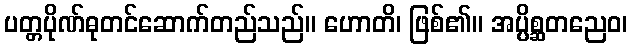
ပတ္တပိုဏ်ဓုတင်ဆောက်တည်သည်။ ဟောတိ၊ ဖြစ်၏။ အပ္ပိစ္ဆတညေဝ၊